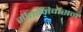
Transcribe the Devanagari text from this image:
सीतानिर्वासन